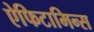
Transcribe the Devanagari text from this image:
ऐफिटामिन्स